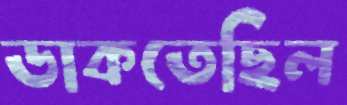
ডাকতেছিল